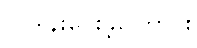
လှူဒါန်းပေးခဲ့ကြောင်း